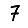
Digit: 7